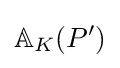
\mathbb {A} _{K}(P')